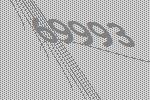
69993